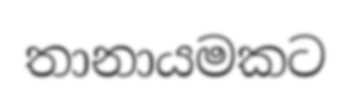
තානායමකට